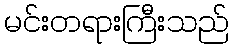
မင်းတရားကြီးသည်